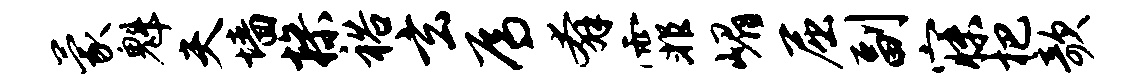
蒙魁夫墙操裕玄焉奔霏嵋屈副寐杷欹